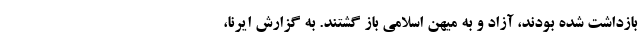
بازداشت شده بودند، آزاد و به میهن اسلامی باز گشتند. به گزارش ایرنا،